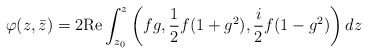
\begin{align*}\varphi(z,\bar{z})=2\mathrm{Re}\int^{z}_{z_0} \left(fg,\frac{1}{2}f(1+g^2), \frac{i}{2}f(1-g^2)\right)dz\end{align*}